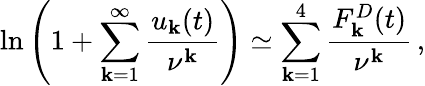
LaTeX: \ln\left(1+\sum_{\mathbf{k}=1}^{\infty}\frac{{u_{\mathbf{k}}(t)}}{{\nu^{\mathbf{k}}}}\right)\simeq\sum_{\mathbf{k}=1}^{4}\frac{{F_{\mathbf{k}}^{D}(t)}}{{\nu^{\mathbf{k}}}}\, {,}